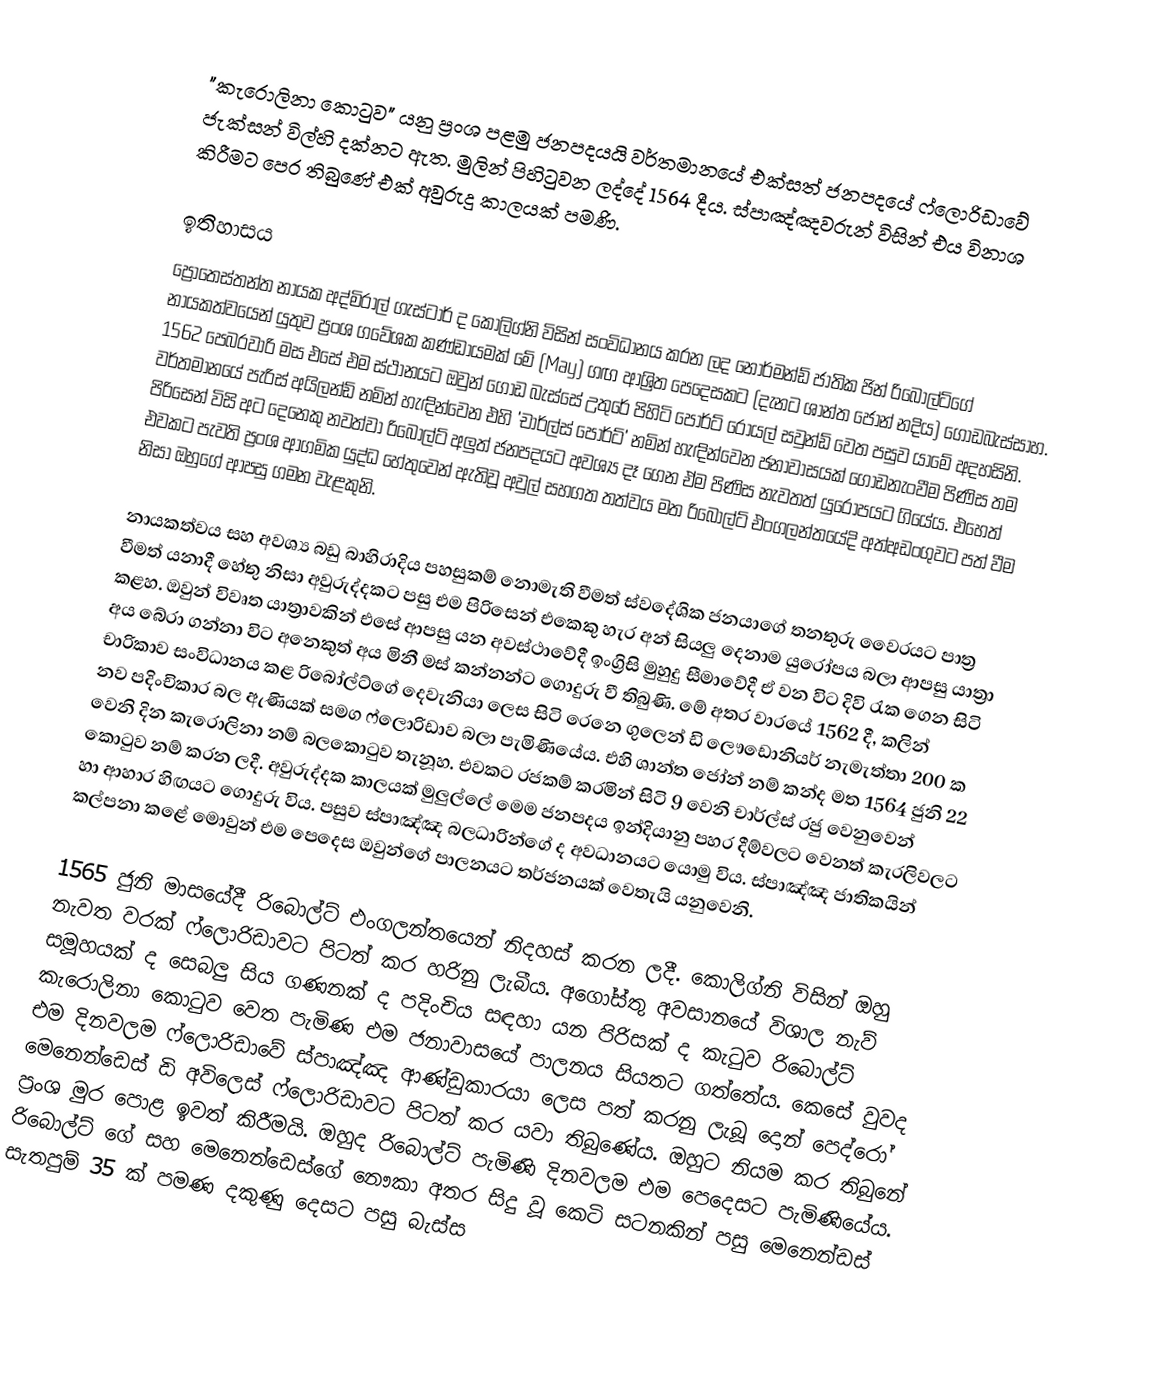
"කැරොලිනා කොටුව" යනු ප්‍රංශ පළමු ජනපදයයි වර්තමානයේ එක්සත් ජනපදයේ ෆ්ලොරිඩාවේ ජැක්සන් විල්හි දක්නට ඇත. මුලින් පිහිටුවන ලද්දේ 1564 දීය. ස්පාඤ්ඤවරුන් විසින් එය විනාශ කිරීමට පෙර තිබුණේ එක් අවුරුදු කාලයක් පමණි.

ඉතිහාසය
ප්‍රොතෙස්තන්ත නායක අද්මිරාල් ගැස්ටාර් ද කොලිග්නි විසින් සංවිධානය කරන ලද නොර්මන්ඩ් ජාතික ජින් රිබොල්ට්ගේ නායකත්වයෙන් යුතුව ප්‍රංශ ගවේශක කණ්ඩායමක් මේ (May) ගඟ ආශ්‍රිත පෙදෙසකට (දැනට ශාන්ත ජෝන් නදිය) ගොඩබැස්සාහ. 1562 පෙබරවාරි මස එසේ එම ස්ථානයට ඔවුන් ගොඩ බැස්සේ උතුරේ පිහිටි පොර්ට් රෝයල් සවුන්ඩ් වෙත පසුව යාමේ අදහසිනි. වර්තමානයේ පැරිස් අයිලන්ඩ් නමින් හැඳින්වෙන එහි 'චාර්ල්ස් පොර්ට්' නමින් හැඳින්වෙන ජනාවාසයක් ගොඩනැංවීම පිණිස තම පිරිසෙන් විසි අට දෙනෙකු නවත්වා රිබොල්ට් අලුත් ජනපදයට අවශ්‍ය දෑ ගෙන ඒම පිණිස නැවතත් යුරෝපයට ගියේය. එහෙත් එවකට පැවති ප්‍රංශ ආගමික යුද්ධ හේතුවෙන් ඇතිවූ  අවුල් සහගත තත්වය මත රිබෝල්ට් එංගලන්තයේදි අත්අඩංගුවට පත් වීම නිසා ඔහුගේ ආපසු ගමන වැළකුනි.

නායකත්වය සහ අවශ්‍ය බඩු බාහිරාදිය පහසුකම් නොමැති වීමත් ස්වදේශික ජනයාගේ තනතුරු වෛරයට පාත්‍ර වීමත් යනාදී හේතු නිසා අවුරුද්දකට පසු එම පිරිසෙන් එකෙකු හැර අන් සියලු දෙනාම යුරෝපය බලා ආපසු යාත්‍රා කළහ. ඔවුන් විවෘත යාත්‍රාවකින් එසේ ආපසු යන අවස්ථාවේදී ඉංග්‍රිසි මුහුදු සීමාවේදී ඒ වන විට දිවි රැක ගෙන සිටි අය බේරා ගන්නා විට අනෙකුත් අය මිනී මස් කන්නන්ට ගොදුරු වී තිබුණි. මේ අතර වාරයේ 1562 දී, කලින් චාරිකාව සංවිධානය කළ රිබෝල්ට්ගේ දෙවැනියා ලෙස සිටි රෙනෙ ගුලෙන් ඩි ලෞඩොනියර් නැමැත්තා 200 ක නව පදිංචිකාර බල ඇණියක් සමග ෆ්ලොරිඩාව බලා පැමිණියේය. එහි ශාන්ත ජෝන් නම් කන්ද මත 1564 ජුනි 22 වෙනි දින කැරොලිනා නම් බලකොටුව තැනූහ. එවකට රජකම් කරමින් සිටි 9 වෙනි චාර්ල්ස් රජු වෙනුවෙන් කොටුව නම් කරන ලදී. අවුරුද්දක කාලයක් මුලුල්ලේ මෙම ජනපදය ඉන්දියානු පහර දීම්වලට වෙනත් කැරලිවලට හා ආහාර හිඟයට ගොදුරු විය. පසුව ස්පාඤ්ඤ බලධාරින්ගේ ද අවධානයට යොමු විය. ස්පාඤ්ඤ ජාතිකයින් කල්පනා කළේ මොවුන් එම පෙදෙ‍ස ඔවුන්ගේ පාලනයට තර්ජනයක් වෙතැයි යනුවෙනි.

1565 ජුනි මාසයේදී රිබොල්ට් එංගලන්තයෙන් නිදහස් කරන ලදී. කොලිග්නි විසින් ඔහු නැවත වරක් ෆ්ලොරිඩාවට පිටත් කර හරිනු ලැබීය. අගෝස්තු අවසානයේ විශාල නැව් සමූහයක් ද සෙබලු සිය ගණනක් ද පදිංචිය සඳහා යන පිරිසක් ද කැටුව රිබොල්ට් කැරොලිනා කොටුව වෙත පැමිණ එම ජනාවාසයේ පාලනය සියතට ගත්තේය. කෙසේ වුවද එම දිනවලම ෆ්ලොරිඩාවේ ස්පාඤ්ඤ ආණ්ඩුකාරයා ලෙස පත් කරනු ලැබූ දොන් පෙද්රෝ මෙනෙන්ඩෙස් ඩි අවිලෙස් ෆ්ලොරිඩාවට පිටත් කර යවා තිබුණේය. ඔහුට නියම කර තිබුනේ ප්‍රංශ මුර පොළ ඉවත් කිරීමයි. ඔහුද රිබොල්ට් පැමිණි දිනවලම එම පෙදෙසට පැමිණියේය. රිබොල්ට් ගේ සහ මෙනෙන්ඩෙස්ගේ නෞකා අතර සිදු වූ කෙටි සටනකින් පසු මෙනෙන්ඩස් සැතපුම් 35 ක් පමණ දකුණු දෙසට පසු බැස්ස